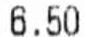
6.50